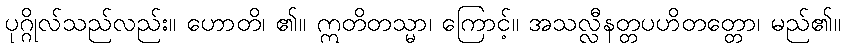
ပုဂ္ဂိုလ်သည်လည်း။ ဟောတိ၊ ၏။ ဣတိတသ္မာ၊ ကြောင့်။ အသလ္လီနတ္တပဟိတတ္တော၊ မည်၏။